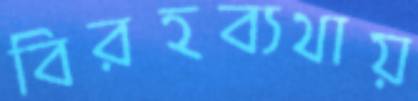
বিরহব্যথায়